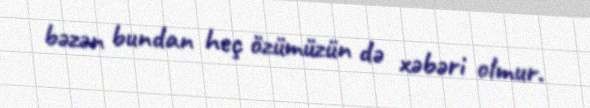
bəzən bundan heç özümüzün də xəbəri olmur.